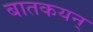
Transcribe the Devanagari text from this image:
बातकयन्